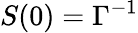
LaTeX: S(0)=\Gamma^{-1}